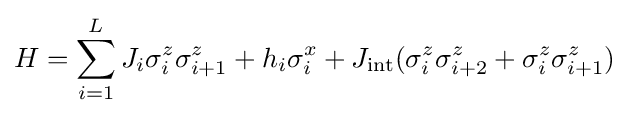
H=\sum _{i=1}^{L}J_{i}\sigma _{i}^{z}\sigma _{i+1}^{z}+h_{i}\sigma _{i}^{x}+J_{\rm {int}}(\sigma _{i}^{z}\sigma _{i+2}^{z}+\sigma _{i}^{z}\sigma _{i+1}^{z})